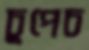
চুপেচ